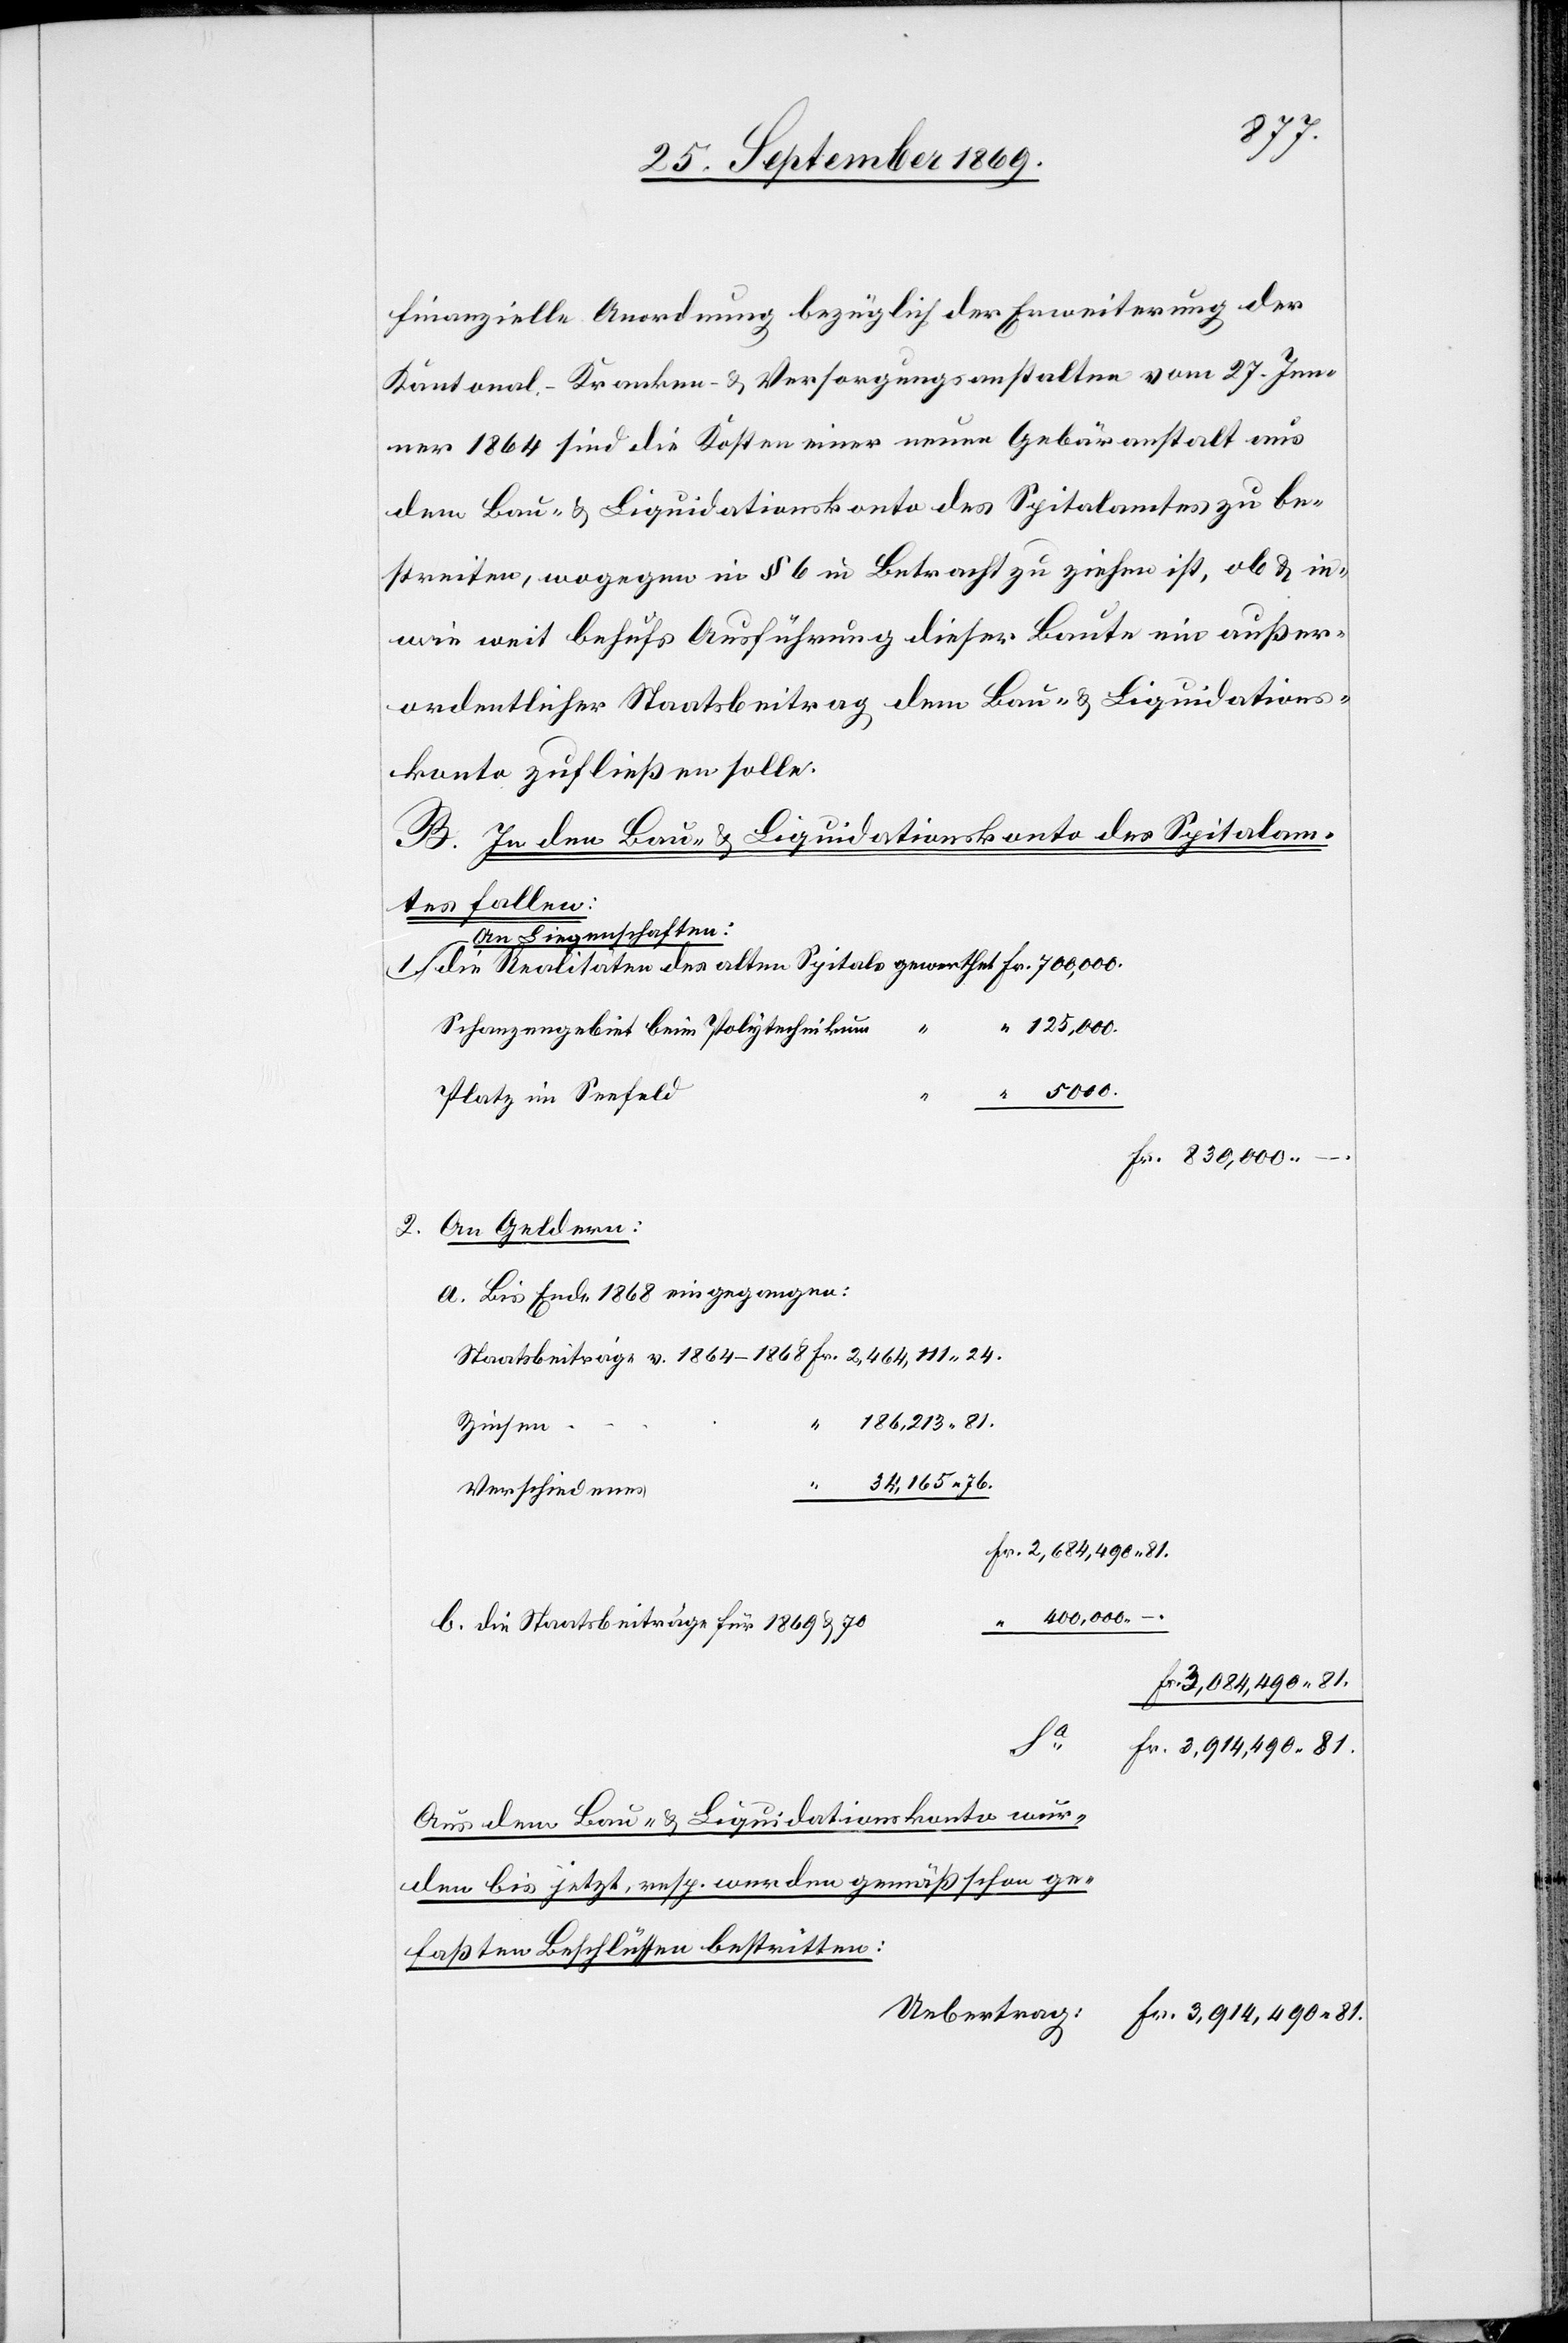
finanzielle Anordnung bezüglich der Erweiterung der
Kantonal- Kranken- & Versorgungsanstalten vom 27. Jen¬
ner 1864 sind die Kosten einer neuen Gebäranstalt aus
dem Bau- & Liquidationskonto des Spitalamtes zu be¬
streiten, wogegen in § 6 in Betracht zu ziehen ist, ob & in¬
wie weit behufs Ausführung dieser Baute ein außer¬
ordentlicher Staatsbeitrag dem Bau- & Liquidations¬
konto zufließen solle.
B. In den Bau- & Liquidationskonto des Spitalam¬
des alten
An Liegenschaften:
125,000.
Schanzengebiet beim Polytechnikum
“
Platz im Seefeld
Fr. 830,000 –.
2. An Geldern:
a. Bis Ende 1868 eingegangen:
186,213 81.
v.
34,165 76.
24.
Verschiedenes
Fr. 3,084,490 81.
b. die Staatsbeiträge für 1869 & 70
2,684,490 81.
Sa
Fr. 3,914,490 81.
Aus dem Bau- & Liquidationskonto wur¬
den bis jetzt, resp. werden gemäß schon ge¬
faßten Beschlüssen bestritten: